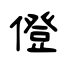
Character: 僜